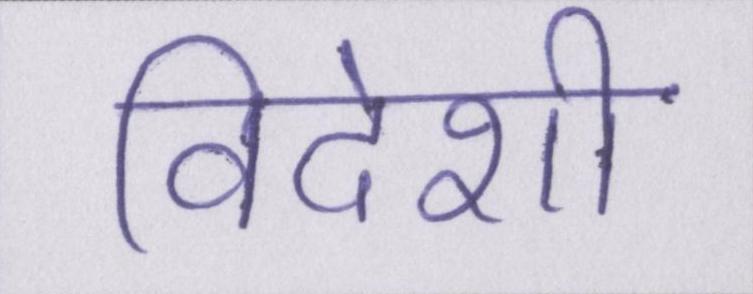
विदेशी